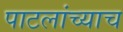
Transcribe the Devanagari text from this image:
पाटलांच्याच